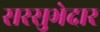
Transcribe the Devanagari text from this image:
सरसुभेदार